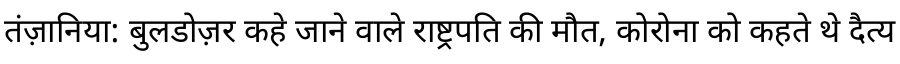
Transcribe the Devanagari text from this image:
तंज़ानिया: बुलडोज़र कहे जाने वाले राष्ट्रपति की मौत, कोरोना को कहते थे दैत्य